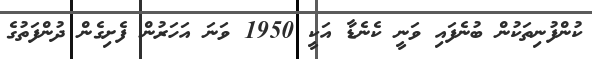
ކުންފުނިތަކުން ބުނެފައި ވަނީ ކެނެޑާ އަކީ 1950 ވަނަ އަހަރުން ފެށިގެން ދުންފަތުގެ